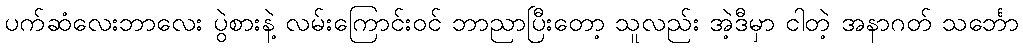
ပက်ဆံလေးဘာလေး ပွဲစားနဲ့ လမ်းကြောင်းဝင် ဘာညာပြီးတော့ သူလည်း အဲ့ဒီမှာ ငါတဲ့ အနာဂတ် သင်္ဘော